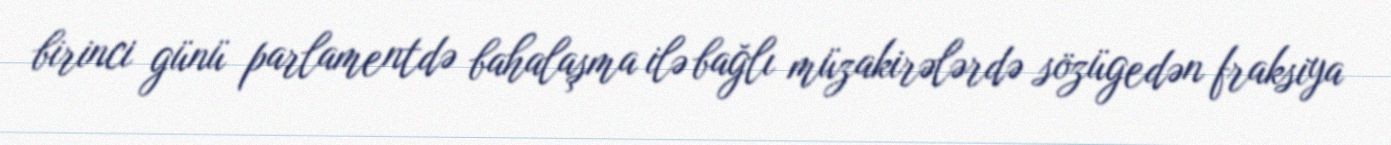
birinci günü parlamentdə bahalaşma ilə bağlı müzakirələrdə sözügedən fraksiya